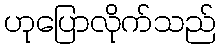
ဟုပြောလိုက်သည်